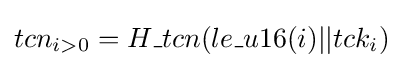
tcn_{i>0}=H\_tcn(le\_u16(i)||tck_{i})